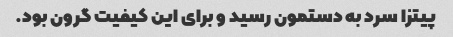
پیتزا سرد به دستمون رسید و برای این کیفیت گرون بود.